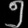
Digit: ၅